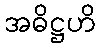
အဓိဋ္ဌဟိ